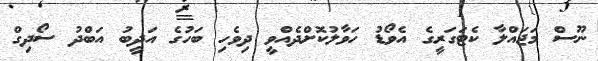
ނޫސް މަޖައްލާ ކެޓަގަރީގެ އެވޯޑު ހަވާލުކޮށްދެއްވީ ދިވެހި ބަހުގެ އަދީބު އަބްދު ސޯދިގް